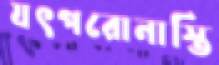
যৎপরোনাস্তি